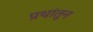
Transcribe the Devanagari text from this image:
प्रथांतून